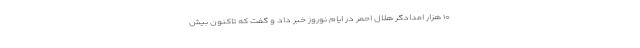
۱۰ هزار امدادگر هلال احمر در ایام نوروز خبر داد و گفت که تاکنون بیش